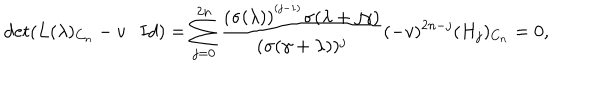
\det ( L ( \lambda ) _ { C _ { n } } - v \cdot I d ) = \sum _ { j = 0 } ^ { 2 n } \frac { ( \sigma ( \lambda ) ) ^ { ^ { ( j - 1 ) } } \sigma ( \lambda + j \gamma ) } { ( \sigma ( \gamma + \lambda ) ) ^ { j } } ( - v ) ^ { 2 n - j } ( H _ { j } ) _ { C _ { n } } = 0 ,